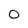
Character: 0